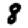
Digit: 8